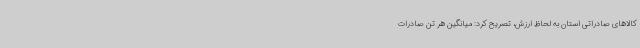
کالاهای صادراتی استان به لحاظ ارزش، تصریح کرد: میانگین هر تن صادرات